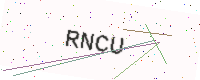
Text: RNCU